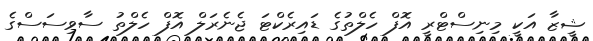
ޝީޒާ އަކީ މިނިސްޓްރީ އޮފް ހެލްތުގެ ޑައިރެކްޓަ ޖެނެރަލް އޮފް ހެލްތު ސާވިސަސްގެ